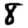
Digit: 8